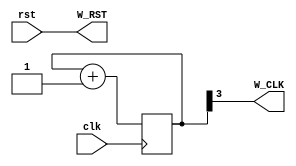
module WB_CONTROLLER(
	input clk,
	input rst,
	
	output wire W_CLK,
	output wire W_RST
);

reg [3:0] t;

assign W_RST = rst;
assign W_CLK = t[3];

always @(posedge clk)
	t = t + 4'b0001;
	
	

endmodule